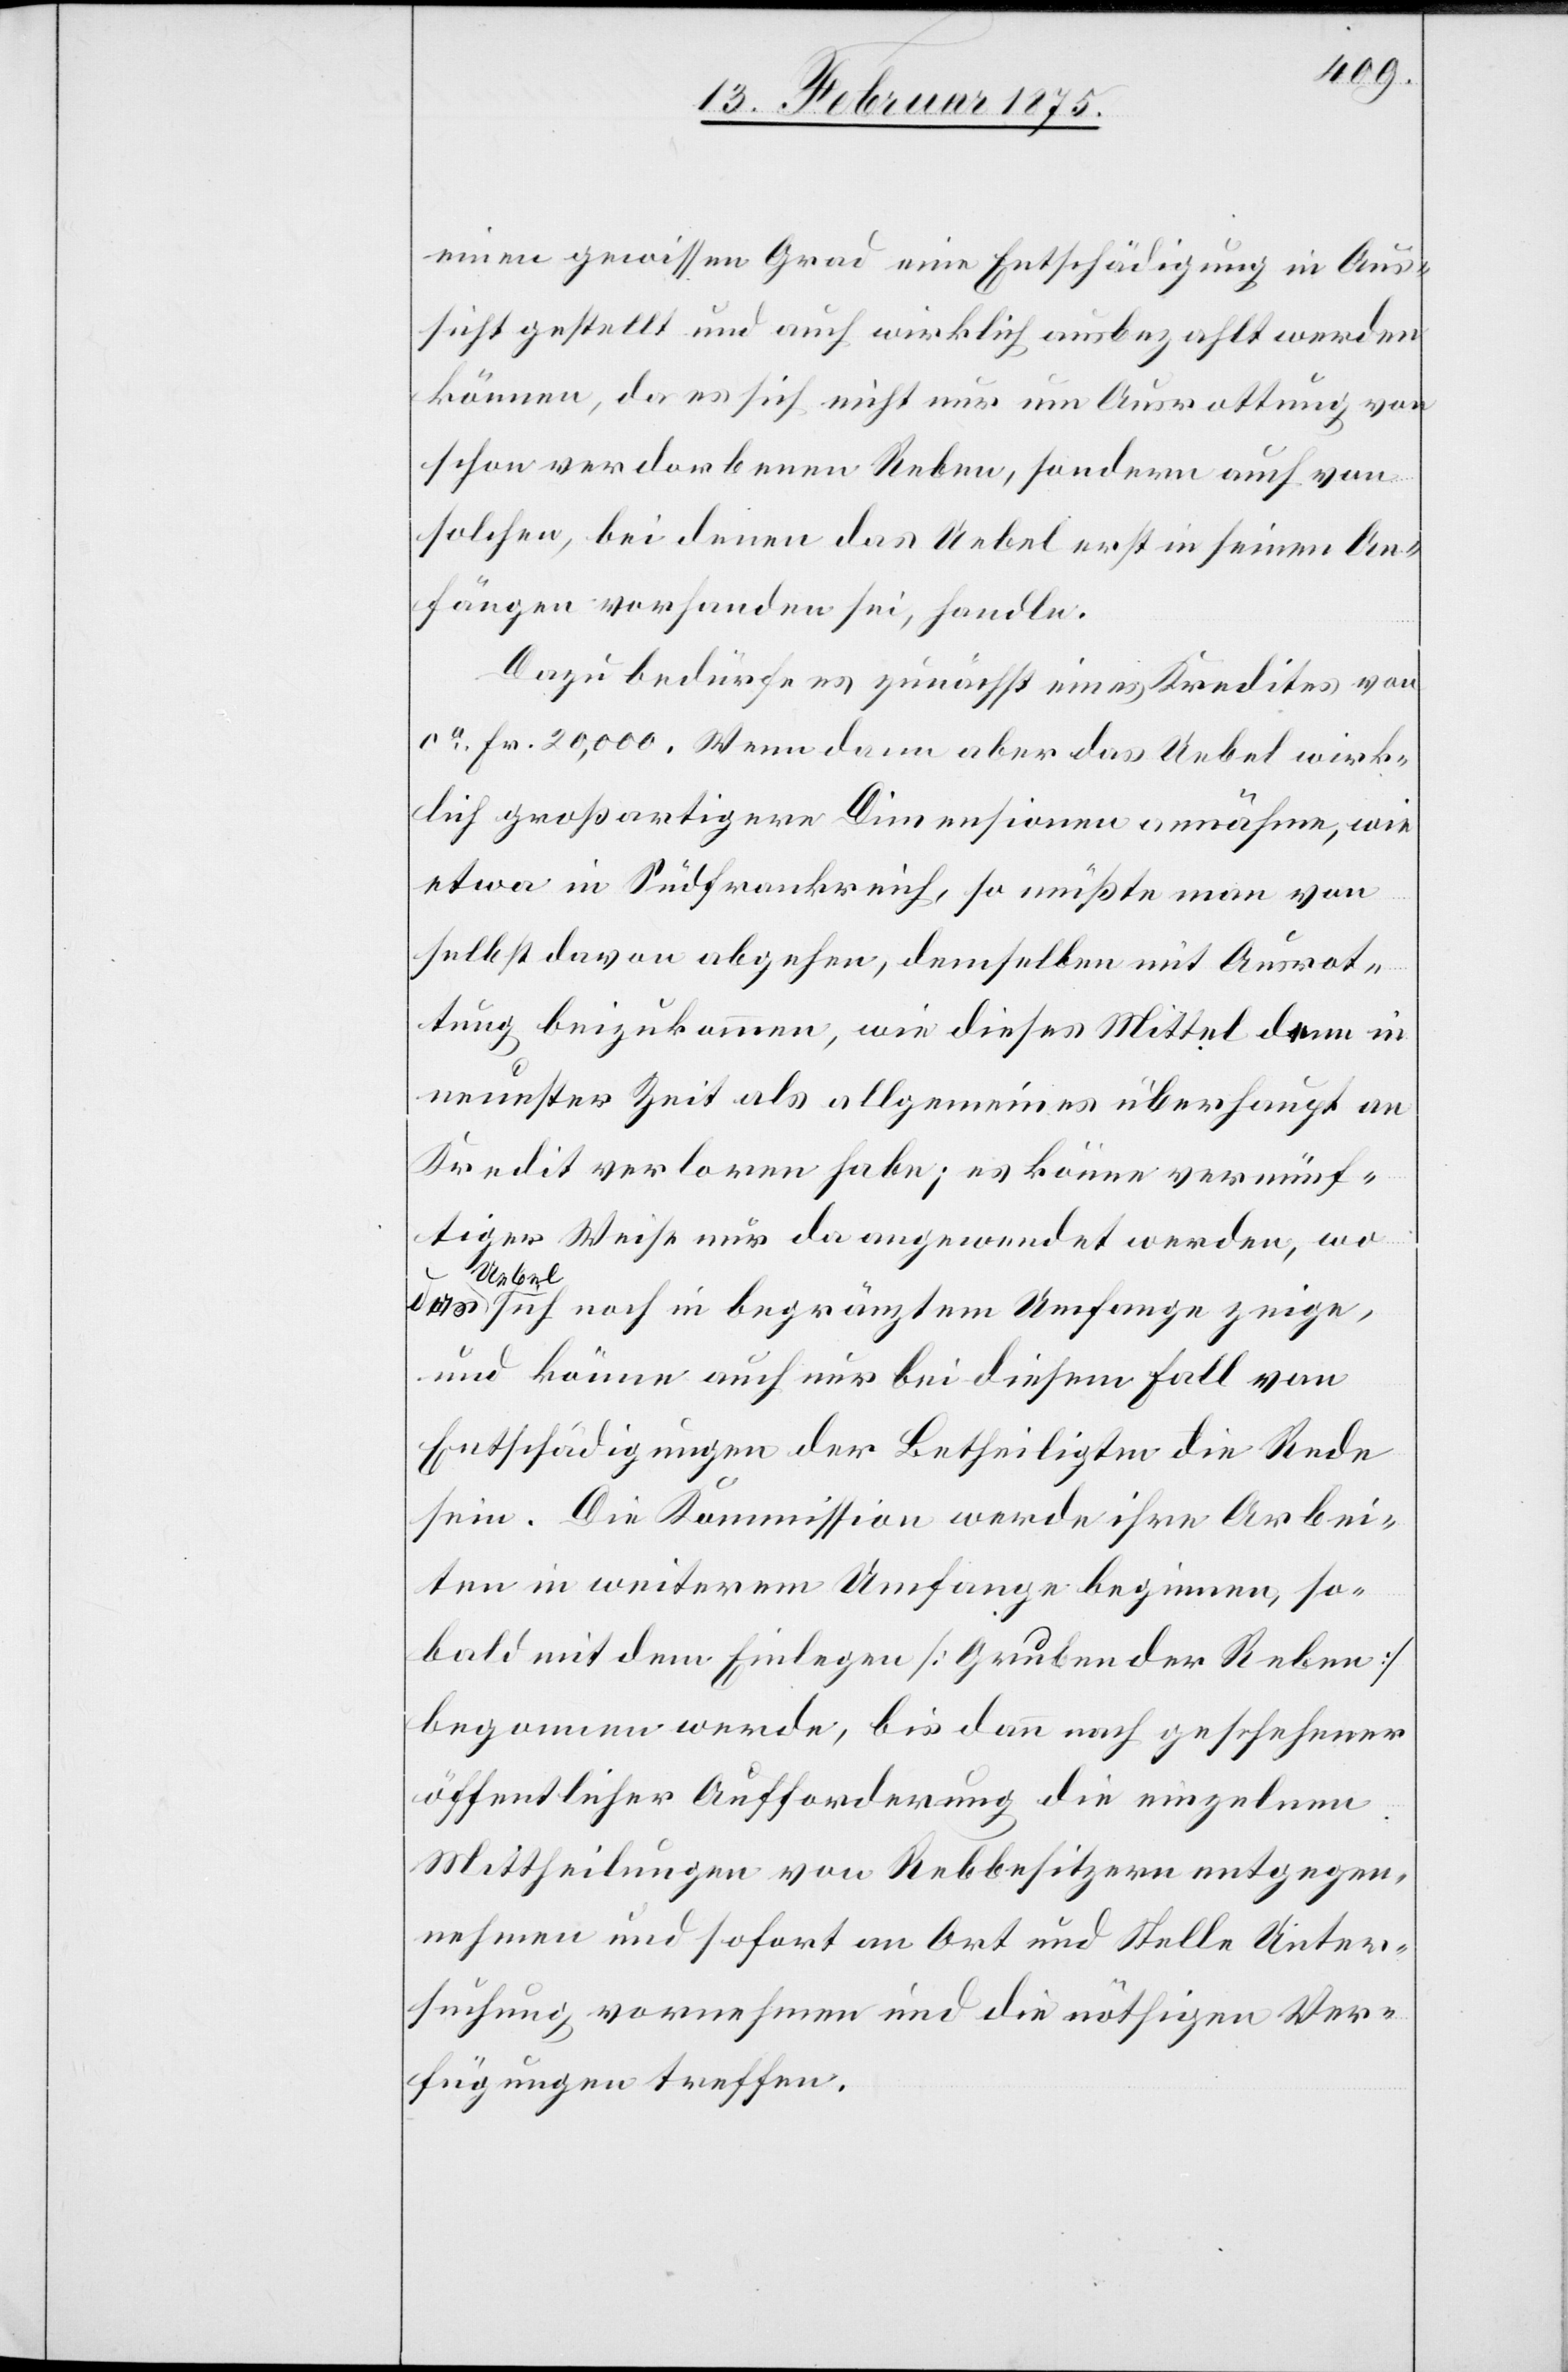
einen gewissen Grad eine Entschädigung in Aus¬
sicht gestellt und auch wirklich ausbezahlt werden
können, da es sich nicht nur um Ausrottung von
schon verdorbenen Reben, sondern auch von
solchen, bei denen das Uebel erst in seinen An¬
fängen vorhanden sei, handle.
Dazu bedürfe es zunächst eines Kredites von
ca Fr. 20,000. Wenn dann aber das Uebel wirk¬
lich großartigere Dimensionen annähme, wie
etwa in Südfrankreich, so müßte man von
selbst davon abgehen, demselben mit Ausrot¬
tung beizukommen, wie dieses Mittel dem in
neuester Zeit als allgemeines überhaupt an
Kredit verloren habe; es könne vernünf¬
tiger Weise nur da angewendet werden, wo
das
Uebel
sich noch in begränztem Umfange zeige,
und könne auch nur bei diesem Fall von
Entschädigungen der Betheiligten die Rede
sein. Die Kommission werde ihre Arbei¬
ten in weiterem Umfange beginnen, so¬
bald mit dem Einlegen (Gruben der Reben)
begonnen werde, bis dann nach geschehener
öffentlicher Aufforderung die einzelnen
Mittheilungen von Rebbesitzern entgegen¬
nehmen und sofort an Ort und Stelle Unter¬
suchung vornehmen und die nöthigen Ver¬
fügungen treffen.